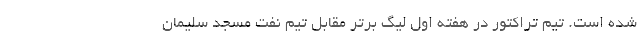
شده است. تیم تراکتور در هفته اول لیگ برتر مقابل تیم نفت مسجد سلیمان